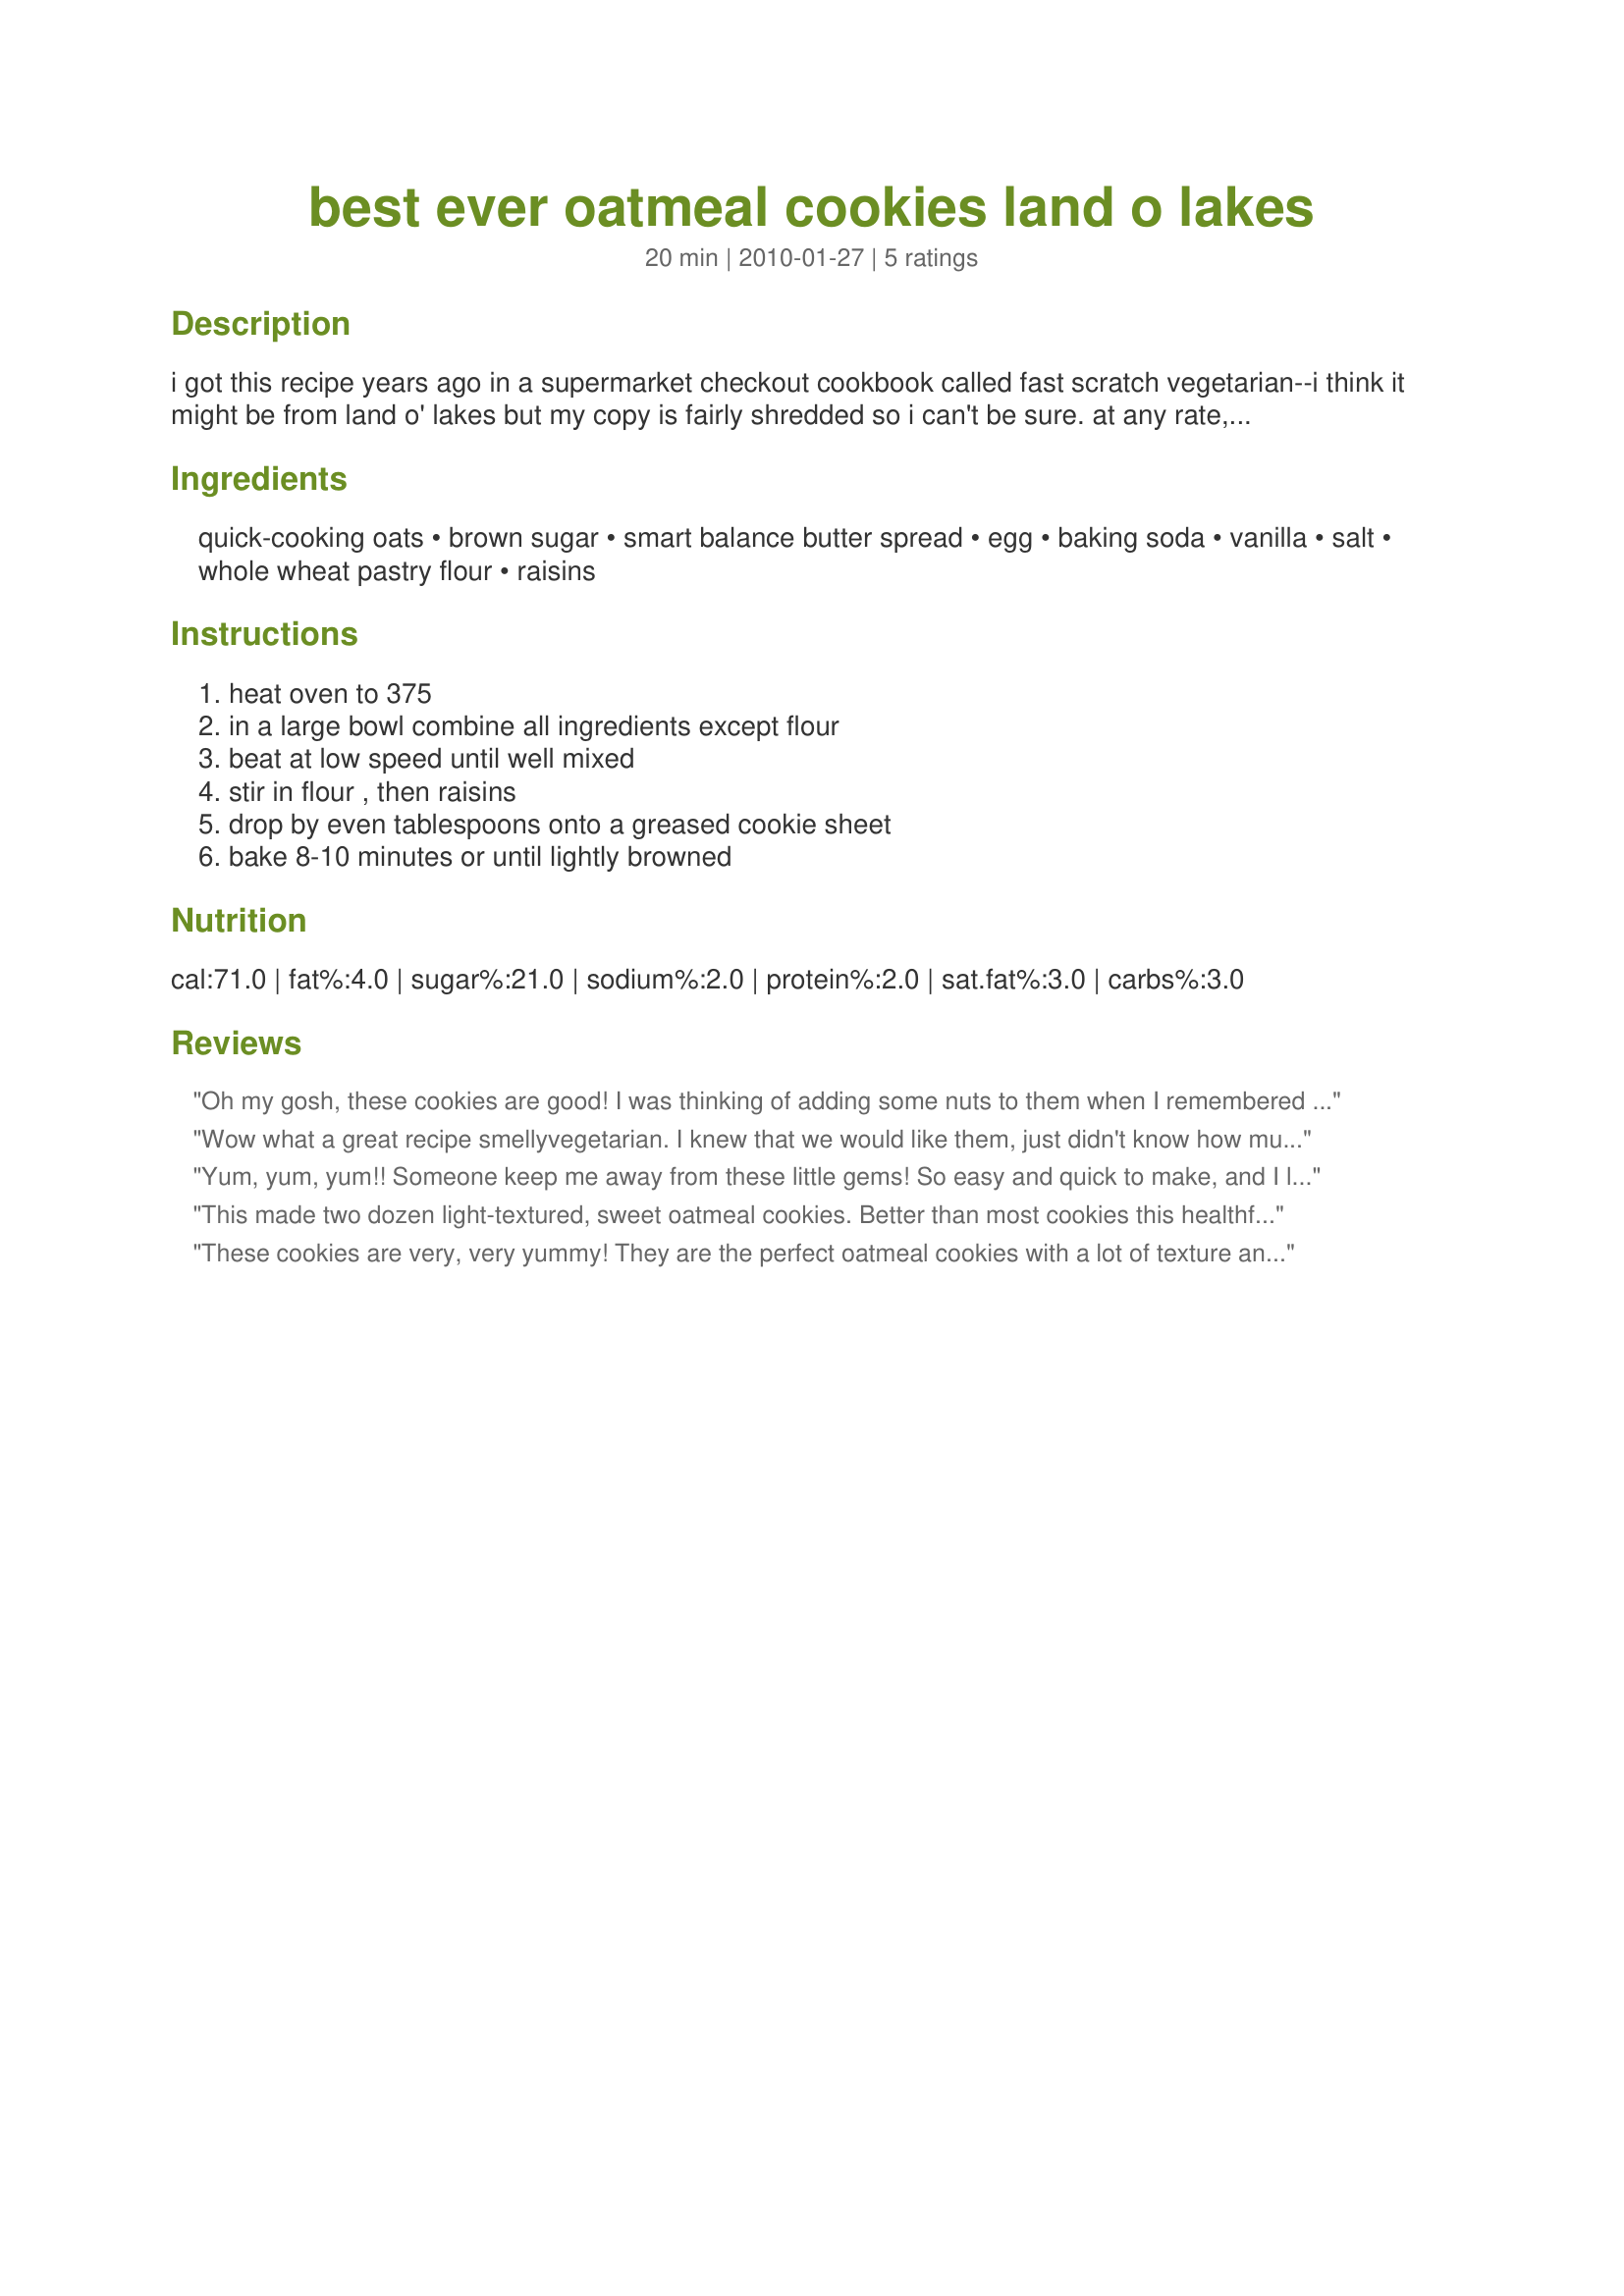
best ever oatmeal cookies land o lakes
Preparation time: 20 minutes

i got this recipe years ago in a supermarket checkout cookbook called fast scratch vegetarian--i think it might be from land o' lakes but my copy is fairly shredded so i can't be sure. at any rate, we have been making these for years, and though the recipe title is theirs i have to say i agree! i hope you do, too!

Ingredients:
quick-cooking oats, brown sugar, smart balance butter spread, egg, baking soda, vanilla, salt, whole wheat pastry flour, raisins

Steps:
heat oven to 375, in a large bowl combine all ingredients except flour, beat at low speed until well mixed, stir in flour , then raisins, drop by even tablespoons onto a greased cookie sheet, bake 8-10 minutes or until lightly browned

Reviews:
Oh my gosh, these cookies are good! I was thinking of adding some nuts to them when I remembered that I had some Recipe #315981 in the fridge. I just used that for the butter in the cookies, how prefect! These are really quick and simple to make. Made for Veggie Swap.
Wow what a great recipe smellyvegetarian. I knew that we would like them, just didn't know how much. I have a standing order from neighbors to bring some over whenever I make them. If my dh doesn't hide them first. Possibly one of the best oatmeal cookies ever. I made plain without raisins, excellent oatmeal flavor. Thanks so much for sharing.
Yum, yum, yum!! Someone keep me away from these little gems! So easy and quick to make, and I love the change to ww flour, too! I did use butter, mostly becase I hate measuring margerine, and I added in 1/2 tsp cinnamon, too. After a small mishap with my golden raisins, I made up the rest with chopped walnuts, which worked out quite well! Thanks, smelly, these are awesome! Made for Veggie Swap 28, November.
This made two dozen light-textured, sweet oatmeal cookies. Better than most cookies this healthful, and healthier than most this good; but be honest when you count them! It's really easy to eat three or four without a second thought. Would have put raisins in them but didn't have any on hand.
These cookies are very, very yummy! They are the perfect oatmeal cookies with a lot of texture and great taste! YUM!
I used only 1/4 cup sugar and added in some ground vanilla bean, which was a nice addition. Then I also decreased the butter to 86 g and in place of ordinary raisins I used chocolate covered ones, cause I had them on hand (and I luv chocolate in my oatmeal cookies). SOOOOOOO GOOD!!!!
All in all I ended up with 34 yummy little morsels, that disappeared very quickly.
THANKS SO MUCH for sharing this recipe with us, smelly! Ill certainly make it again!
Made and reviewed for Veggie Swap #21 April 2010.
